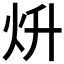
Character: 𤆭